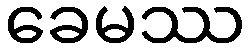
ခေမဿ